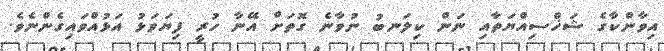
އިވާންކާގެ ޝަޚްސިއްޔަތާއި ނަން ކިލަނބު ނުވާނެ ގޮތަށް އޭނާ ހުރީ ފިޔަވަޅު އަޅުއްވައިގެންނެވެ.